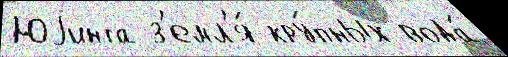
Юjинта з'емл'я́ кру́пных вода́